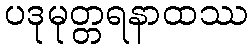
ပဒုမုတ္တရနာထဿ